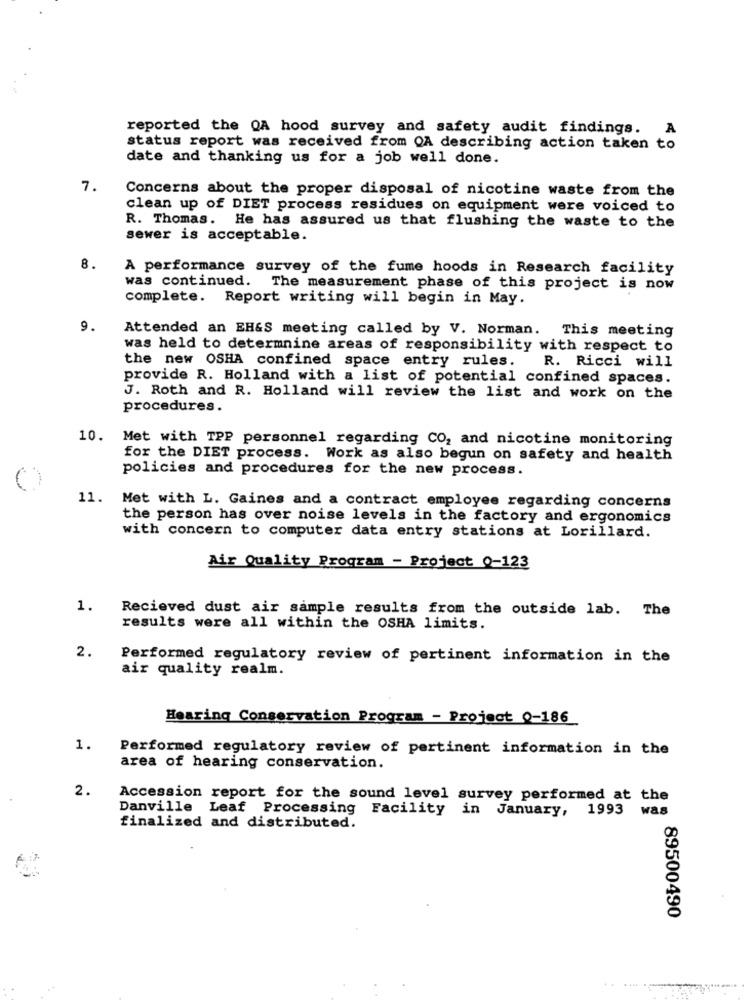
reported the QA hood survey and safety audit findings. A
status report was received from OA describing action taken to
date and thanking us for a job well done.
7.
Concerns about the proper disposal of nicotine waste from the
clean up of DIET process residues on equipment were voiced to
R. Thomas. He has assured us that flushing the waste to the
sewer is acceptable.
8.
A performance survey of the fume hoods in Research facility
was continued. The measurement phase of this project is now
complete. Report writing will begin in May.
9.
Attended an EH&S meeting called by V. Norman. This meeting
was held to determnine areas of responsibility with respect to
the new OSHA confined space entry rules.
R. Ricci will
provide R. Holland with a list of potential confined spaces.
J. Roth and R. Holland will review the list and work on the
procedures.
10. Met with TPP personnel regarding CO, and nicotine monitoring
for the DIET process. Work as also begun on safety and health
policies and procedures for the new process.
11.
Met with L. Gaines and a contract employee regarding concerns
the person has over noise levels in the factory and ergonomics
with concern to computer data entry stations at Lorillard.
Air Quality Program - Project 0-123
1.
Recieved dust air sample results from the outside lab. The
results were all within the OSHA limits.
2.
Performed regulatory review of pertinent information in the
air quality realm.
Hearing Conservation Program - Project Q-186
1.
Performed regulatory review of pertinent information in the
area of hearing conservation.
2.
Accession report for the sound level survey performed at the
Danville Leaf Processing Facility in January, 1993 was
finalized and distributed.
89500490